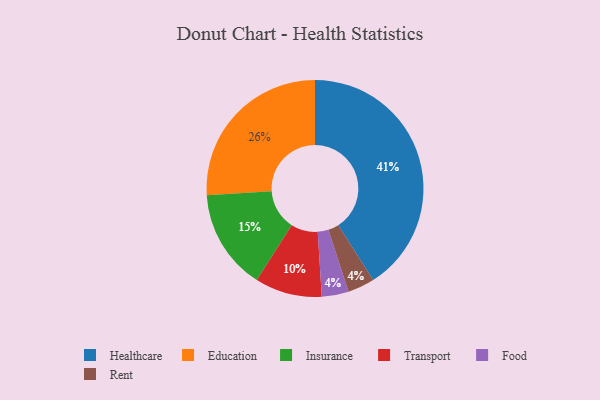
{"axis": {"x": "Category", "y": "Percentage"}, "legend": ["Education", "Food", "Healthcare", "Insurance", "Rent", "Transport"], "data": [{"x": "Food", "y": 4, "type": "Food"}, {"x": "Insurance", "y": 15, "type": "Insurance"}, {"x": "Transport", "y": 10, "type": "Transport"}, {"x": "Education", "y": 26, "type": "Education"}, {"x": "Rent", "y": 4, "type": "Rent"}, {"x": "Healthcare", "y": 41, "type": "Healthcare"}]}